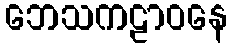
ဘေသကဠာဝနေ